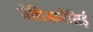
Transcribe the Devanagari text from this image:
जेशिआनेसिई